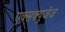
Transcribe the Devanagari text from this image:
एक्सक्यूजेज